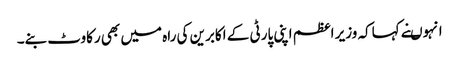
انہوںنے کہاکہ وزیر اعظم اپنی پارٹی کے اکابرین کی راہ میں بھی رکاوٹ بنے۔